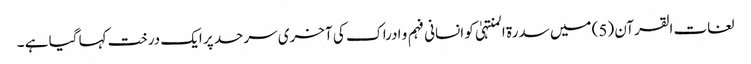
لغات القرآن (5) میں سدرة المنتہیٰ کو انسانی فہم و ادراک کی آخری سرحد پر ایک درخت کہا گیا ہے ۔